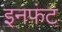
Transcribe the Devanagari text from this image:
इनफंट